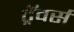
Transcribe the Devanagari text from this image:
ट्रॅवर्स